Malaria in the Punjab - Number 46
Disease focus: Malaria
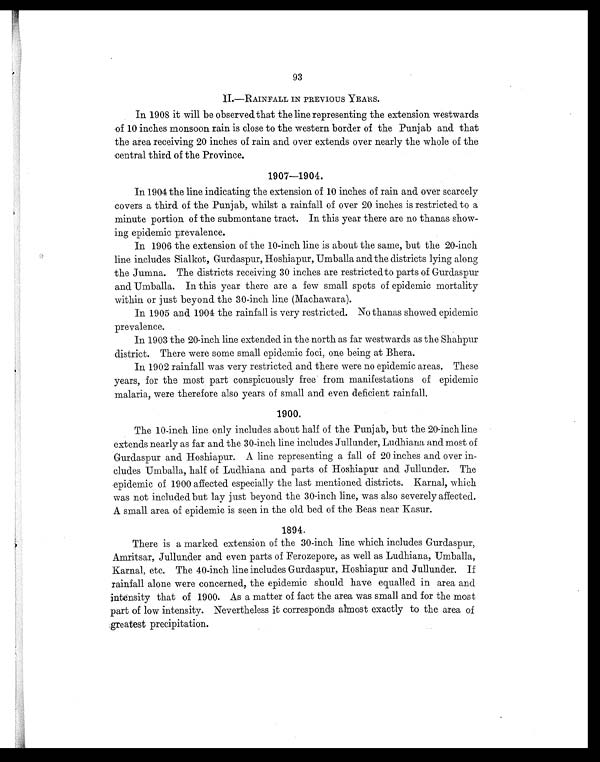
93
I I . — R A I N F A L L I N P R E V I O U S Y E A R S .
In 1908 it will be observed that the line representing the extension westwards
of 10 inches monsoon rain is close to the western border of the Punjab and that
the area receiving 20 inches of rain and over extends over nearly the whole of the
central third of the Province.
1907-1904.
In 1904 the line indicating the extension of 10 inches of rain and over scarcely
covers a third of the Punjab, whilst a rainfall of over 20 inches is restricted to a
minute portion of the submontane tract. In this year there are no thanas show-
ing epidemic prevalence.
In 1906 the extension of the 10-inch line is about the same, but the 20-inch
line includes Sialkot, Gurdaspur, Hoshiapur, Umballa and the districts lying along
the Jumna. The districts receiving 30 inches are restricted to parts of Gurdaspur
and Umballa. In this year there are a few small spots of epidemic mortality
within or just beyond the 30-inch line (Machawara).
In 1905 and 1904 the rainfall is very restricted. No thanas showed epidemic
prevalence.
In 1903 the 20-inch line extended in the north as far westwards as the Shahpur
district. There were some small epidemic foci, one being at Bhera.
In 1902 rainfall was very restricted and there were no epidemic areas. These
years, for the most part conspicuously free from manifestations of epidemic
malaria, were therefore also years of small and even deficient rainfall.
1900.
The 10-inch line only includes about half of the Punjab, but the 20-inch line
extends nearly as far and the 30-inch line includes Jullunder, Ludhiana and most of
Gurdaspur and Hoshiapur. A line representing a fall of 20 inches and over in-
cludes Umballa, half of Ludhiana and parts of Hoshiapur and Jullunder. The
epidemic of 1900 affected especially the last mentioned districts. Karnal, which
was not included but lay just beyond the 30-inch line, was also severely affected.
A small area of epidemic is seen in the old bed of the Beas near Kasur.
1894.
There is a marked extension of the 30-inch line which includes Gurdaspur,
Amritsar, Jullunder and even parts of Ferozepore, as well as Ludhiana, Umballa,
Karnal, etc. The 40-inch line includes Gurdaspur, Hoshiapur and Jullunder. If
rainfall alone were concerned, the epidemic should have equalled in area and
intensity that of 1900. As a matter of fact the area was small and for the most
part of low intensity. Nevertheless it corresponds almost exactly to the area of
greatest precipitation.